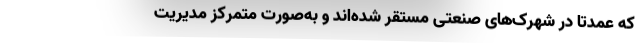
که عمدتاً در شهرک‌های صنعتی مستقر شده‌اند و به‌صورت متمرکز مدیریت